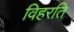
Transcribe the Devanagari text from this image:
विहरति